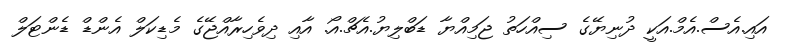
އައި.އެސް.އެމް.އަކީ ދުނިޔޭގެ ސިއްހަތު ޖަމިއްޔާ ޑަބްލިޔު.އެޗް.އޯ. އާއި ދިވެހިރާއްޖޭގެ މެޑިކަލް އެންޑް ޑެންޓަލް